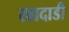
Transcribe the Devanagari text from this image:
खादाडी